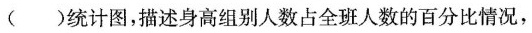
( )统计图，描述身高组别人数占全班人数的百分比情况，